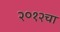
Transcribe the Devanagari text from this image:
२०१२चा